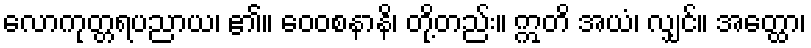
လောကုတ္တရပညာယ၊ ၏။ ဝေဝစနာနိ၊ တို့တည်း။ ဣတိ အယံ၊ လျှင်။ အတ္ထော၊